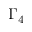
\Gamma _ { 4 }